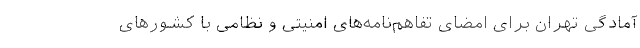
آمادگی تهران برای امضای تفاهم‌نامه‌های امنیتی و نظامی با کشور‌های